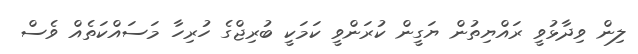
ލިން ވިދާޅުވީ ރައްޔިތުން ޔަގީން ކުރަންވީ ކަމަކީ ބުރިޖްގެ ހުރިހާ މަސައްކަތެއް ވެސް